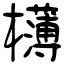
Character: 欂